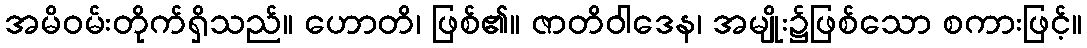
အမိဝမ်းတိုက်ရှိသည်။ ဟောတိ၊ ဖြစ်၏။ ဇာတိဝါဒေန၊ အမျိုး၌ဖြစ်သော စကားဖြင့်။